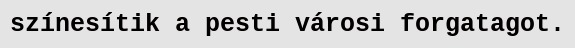
színesítik a pesti városi forgatagot.